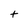
Character: t